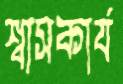
শ্বাসকার্য